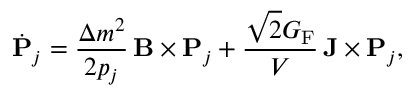
\dot { \bf P } _ { j } = \frac { \Delta m ^ { 2 } } { 2 p _ { j } } \, { \bf B } \times { \bf P } _ { j } + \frac { \sqrt 2 G _ { \mathrm { F } } } { { \cal V } } \, { \bf J } \times { \bf P } _ { j } ,